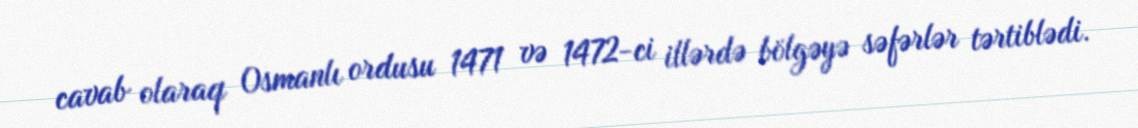
cavab olaraq Osmanlı ordusu 1471 və 1472-ci illərdə bölgəyə səfərlər tərtiblədi.